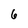
Character: 6